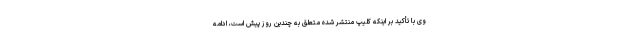
وی با تأکید بر اینکه کلیپ منتشر شده متعلق به چندین روز پیش است، ادامه